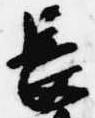
長